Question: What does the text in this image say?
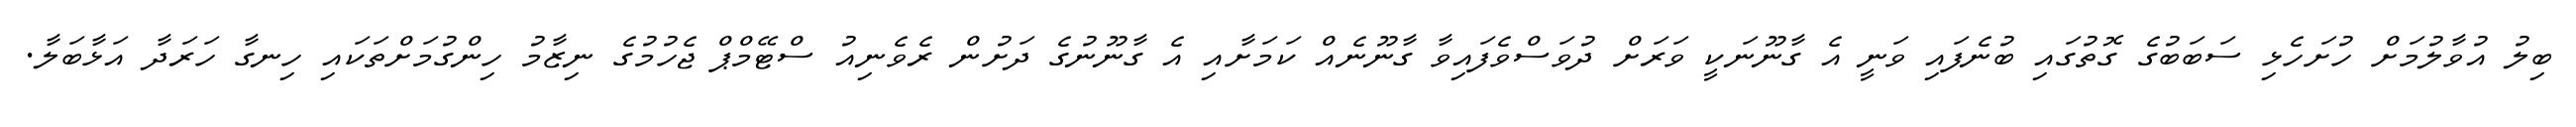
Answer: ބިލު އުވާލުމަށް ހުށަހެޅި ސަބަބުގެ ގޮތުގައި ބުނެފައި ވަނީ އެ ގާނޫނަކީ ވަރަށް ދުވަސްވެފައިވާ ގާނޫނެއް ކަމަށާއި އެ ގާނޫނުގެ ދަށުން ރެވެނިއު ސްޓޭމްޕް ޖެހުމުގެ ނިޒާމު ހިންގުމަށްތަކައި ހިނގާ ހަރަދާ އަޅާބަލާ.